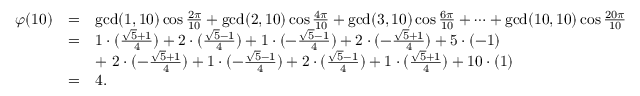
{ \begin{array} { r c l } { \varphi ( 1 0 ) } & { = } & { \operatorname* { g c d } ( 1 , 1 0 ) \cos { \frac { 2 \pi } { 1 0 } } + \operatorname* { g c d } ( 2 , 1 0 ) \cos { \frac { 4 \pi } { 1 0 } } + \operatorname* { g c d } ( 3 , 1 0 ) \cos { \frac { 6 \pi } { 1 0 } } + \cdots + \operatorname* { g c d } ( 1 0 , 1 0 ) \cos { \frac { 2 0 \pi } { 1 0 } } } \\ & { = } & { 1 \cdot ( { \frac { { \sqrt { 5 } } + 1 } { 4 } } ) + 2 \cdot ( { \frac { { \sqrt { 5 } } - 1 } { 4 } } ) + 1 \cdot ( - { \frac { { \sqrt { 5 } } - 1 } { 4 } } ) + 2 \cdot ( - { \frac { { \sqrt { 5 } } + 1 } { 4 } } ) + 5 \cdot ( - 1 ) } \\ & & { + \ 2 \cdot ( - { \frac { { \sqrt { 5 } } + 1 } { 4 } } ) + 1 \cdot ( - { \frac { { \sqrt { 5 } } - 1 } { 4 } } ) + 2 \cdot ( { \frac { { \sqrt { 5 } } - 1 } { 4 } } ) + 1 \cdot ( { \frac { { \sqrt { 5 } } + 1 } { 4 } } ) + 1 0 \cdot ( 1 ) } \\ & { = } & { 4 . } \end{array} }